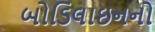
બોડિલાઇનનો